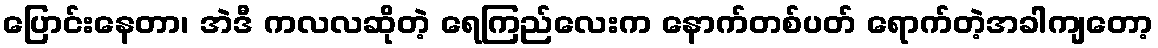
ပြောင်းနေတာ၊ အဲဒီ ကလလဆိုတဲ့ ရေကြည်လေးက နောက်တစ်ပတ် ရောက်တဲ့အခါကျတော့